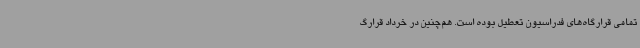
تمامی قرارگاه‌های فدراسیون تعطیل بوده است. هم‌چنین در خرداد قرارگ